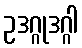
ဥဒဂ္ဂုဒဂ္ဂါ